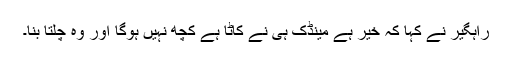
راہگیر نے کہا کہ خیر ہے مینڈک ہی نے کاٹا ہے کچھ نہیں ہوگا اور وہ چلتا بنا۔